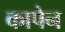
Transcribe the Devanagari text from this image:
कापेन